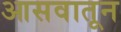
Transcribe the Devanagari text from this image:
आसवातून